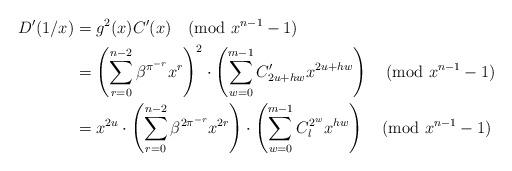
LaTeX: \begin{align*}D'(1/x) &= g^2(x)C'(x) \pmod{x^{n-1}-1} \\&=\left(\sum_{r=0}^{n-2}\beta^{\pi^{-r}}x^r\right)^2\cdot \left(\sum_{w=0}^{m-1}C'_{2u+hw} x^{2u+hw}\right) \pmod{x^{n-1}-1} \\&=x^{2u}\cdot\left(\sum_{r=0}^{n-2}\beta^{2\pi^{-r}}x^{2r}\right)\cdot\left(\sum_{w=0}^{m-1}C_l^{2^w}x^{hw}\right) \pmod{x^{n-1}-1} \end{align*}